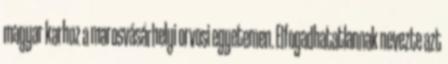
magyar karhoz a marosvásárhelyi orvosi egyetemen. Elfogadhatatlannak nevezte azt